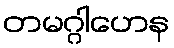
တမဂ္ဂါဟေန